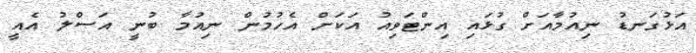
އަޅުގަނޑު ނިއުމާއަށް ގުޅައި އިންޓަވިއު އަކަށް އެހުމުން ނިއުމާ ބުނީ އަސްލު އެއީ